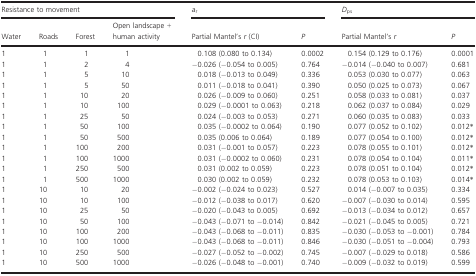
<table><thead><tr><td colspan="4"><b>Resistance to movement</b></td><td colspan="2"><b><i>a</i><sub>r</sub></b></td><td colspan="2"><b><i>D</i><sub>ps</sub></b></td></tr><tr><td><b>Water</b></td><td><b>Roads</b></td><td><b>Forest</b></td><td><b>Open landscape + human activity</b></td><td><b>Partial Mantel&#x27;s <i>r</i> (CI)</b></td><td><b><i>P</i></b></td><td><b>Partial Mantel&#x27;s <i>r</i></b></td><td><b><i>P</i></b></td></tr></thead><tbody><tr><td>1</td><td>1</td><td>1</td><td>1</td><td>0.108 (0.080 to 0.134)</td><td>0.0002</td><td>0.154 (0.129 to 0.176)</td><td>0.0001</td></tr><tr><td>1</td><td>1</td><td>2</td><td>4</td><td>−0.026 (−0.054 to 0.005)</td><td>0.764</td><td>−0.014 (−0.040 to 0.007)</td><td>0.681</td></tr><tr><td>1</td><td>1</td><td>5</td><td>10</td><td>0.018 (−0.013 to 0.049)</td><td>0.336</td><td>0.053 (0.030 to 0.077)</td><td>0.063</td></tr><tr><td>1</td><td>1</td><td>5</td><td>50</td><td>0.011 (−0.018 to 0.041)</td><td>0.390</td><td>0.050 (0.025 to 0.073)</td><td>0.067</td></tr><tr><td>1</td><td>1</td><td>10</td><td>20</td><td>0.026 (−0.009 to 0.060)</td><td>0.251</td><td>0.058 (0.033 to 0.081)</td><td>0.037</td></tr><tr><td>1</td><td>1</td><td>10</td><td>100</td><td>0.029 (−0.0001 to 0.063)</td><td>0.218</td><td>0.062 (0.037 to 0.084)</td><td>0.029</td></tr><tr><td>1</td><td>1</td><td>25</td><td>50</td><td>0.024 (−0.003 to 0.053)</td><td>0.271</td><td>0.060 (0.035 to 0.083)</td><td>0.033</td></tr><tr><td>1</td><td>1</td><td>50</td><td>100</td><td>0.035 (−0.0002 to 0.064)</td><td>0.190</td><td>0.077 (0.052 to 0.102)</td><td>0.012*</td></tr><tr><td>1</td><td>1</td><td>50</td><td>500</td><td>0.035 (0.006 to 0.064)</td><td>0.189</td><td>0.077 (0.054 to 0.100)</td><td>0.012*</td></tr><tr><td>1</td><td>1</td><td>100</td><td>200</td><td>0.031 (−0.001 to 0.057)</td><td>0.223</td><td>0.078 (0.055 to 0.101)</td><td>0.012*</td></tr><tr><td>1</td><td>1</td><td>100</td><td>1000</td><td>0.031 (−0.0002 to 0.060)</td><td>0.231</td><td>0.078 (0.054 to 0.104)</td><td>0.011*</td></tr><tr><td>1</td><td>1</td><td>250</td><td>500</td><td>0.031 (0.002 to 0.059)</td><td>0.223</td><td>0.078 (0.051 to 0.104)</td><td>0.012*</td></tr><tr><td>1</td><td>1</td><td>500</td><td>1000</td><td>0.030 (0.002 to 0.059)</td><td>0.232</td><td>0.078 (0.053 to 0.103)</td><td>0.014*</td></tr><tr><td>1</td><td>10</td><td>10</td><td>20</td><td>−0.002 (−0.024 to 0.023)</td><td>0.527</td><td>0.014 (−0.007 to 0.035)</td><td>0.334</td></tr><tr><td>1</td><td>10</td><td>10</td><td>100</td><td>−0.012 (−0.038 to 0.017)</td><td>0.620</td><td>−0.007 (−0.030 to 0.014)</td><td>0.595</td></tr><tr><td>1</td><td>10</td><td>25</td><td>50</td><td>−0.020 (−0.043 to 0.005)</td><td>0.692</td><td>−0.013 (−0.034 to 0.012)</td><td>0.657</td></tr><tr><td>1</td><td>10</td><td>50</td><td>100</td><td>−0.043 (−0.071 to −0.014)</td><td>0.842</td><td>−0.021 (−0.045 to 0.005)</td><td>0.721</td></tr><tr><td>1</td><td>10</td><td>100</td><td>200</td><td>−0.043 (−0.068 to −0.011)</td><td>0.835</td><td>−0.030 (−0.053 to −0.001)</td><td>0.784</td></tr><tr><td>1</td><td>10</td><td>100</td><td>1000</td><td>−0.043 (−0.068 to −0.011)</td><td>0.846</td><td>−0.030 (−0.051 to −0.004)</td><td>0.793</td></tr><tr><td>1</td><td>10</td><td>250</td><td>500</td><td>−0.027 (−0.052 to −0.002)</td><td>0.745</td><td>−0.007 (−0.029 to 0.018)</td><td>0.586</td></tr><tr><td>1</td><td>10</td><td>500</td><td>1000</td><td>−0.026 (−0.048 to −0.001)</td><td>0.740</td><td>−0.009 (−0.032 to 0.019)</td><td>0.599</td></tr></tbody></table>